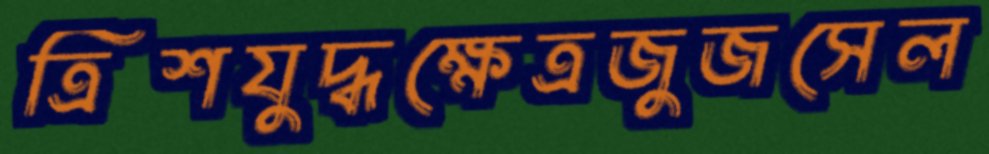
ত্রিশযুদ্ধক্ষেত্রজুজসেল